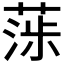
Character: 𦶵